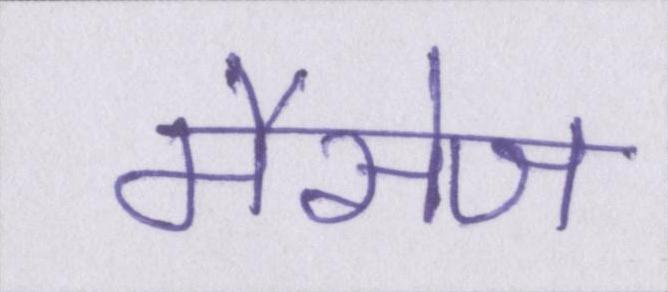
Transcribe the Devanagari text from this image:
मैसेज